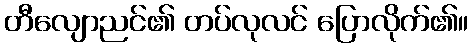
တီလျောညင်၏ တပ်လုလင် ပြောလိုက်၏။